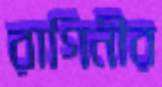
রাগিনীর